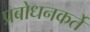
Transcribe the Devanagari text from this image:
प्रबोधनकर्ते